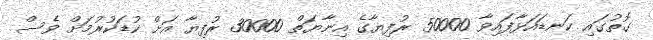
ގޮތުގައި ކަނޑައަޅާފައިވާ 50000 ރުފިޔާގެ އިނާޔަތް 30000 ރުފިޔާ އަށް ކުޑަކުރުމަށް ވެސް